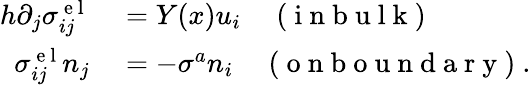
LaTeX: \begin{array}{rl}{h\partial_{j}\sigma_{ij}^{\mathrm{~e~l~}}}&{{}=Y(x)u_{i}\quad\mathrm{~(~i~n~b~u~l~k~)~}}\\ {\sigma_{ij}^{\mathrm{~e~l~}}n_{j}}&{{}=-\sigma^{a}n_{i}\quad\mathrm{~(~o~n~b~o~u~n~d~a~r~y~)~}.}\end{array}